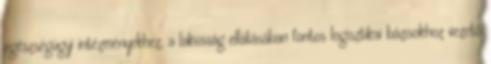
egészségügyi intézményekhez, a lakosság ellátásában fontos logisztikai bázisokhoz vezető